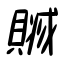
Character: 贓